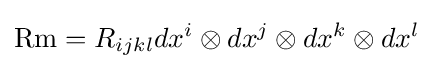
\operatorname {Rm} =R_{ijkl}dx^{i}\otimes dx^{j}\otimes dx^{k}\otimes dx^{l}